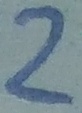
Text: 2